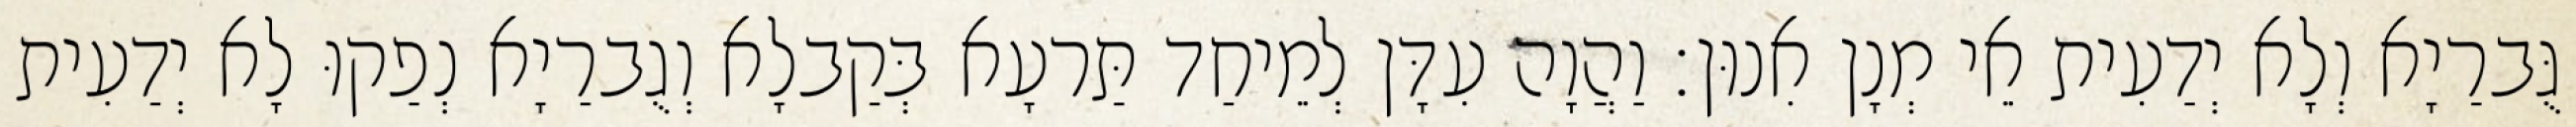
גֻּברַיָא וְלָא יְדַעִית אֵי מְנָן אִנוּן׃ וַהֲוָה עִדָּן לְמֵיחַד תַּרעָא בְּקַבלָא וְגֻברַיָא נְפַקוּ לָא יְדַעִית